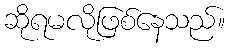
ဆိုရမလိုဖြစ်နေသည်။